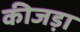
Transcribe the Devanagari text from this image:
कीजड़ा